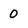
Character: 0